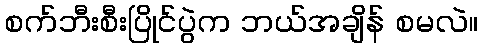
စက်ဘီးစီးပြိုင်ပွဲက ဘယ်အချိန် စမလဲ။